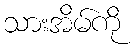
သားအိမ်ကို